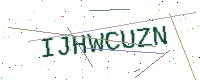
Text: IJHWCUZN